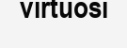
virtuosi